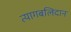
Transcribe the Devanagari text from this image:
त्यागबलिदान